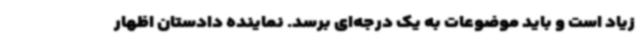
زیاد است و باید موضوعات به یک درجه‌ای برسد. نماینده دادستان اظهار